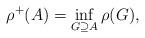
LaTeX: \begin{align*}\rho^{+}(A) = \inf_{G \supseteq A} \rho(G),\end{align*}